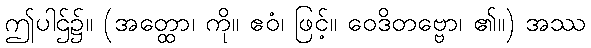
ဤပါဌ်၌။ (အတ္ထော၊ ကို။ ဧဝံ၊ ဖြင့်။ ဝေဒိတဗ္ဗော၊ ၏။) အဿ